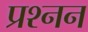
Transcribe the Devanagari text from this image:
प्रश्नन